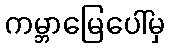
ကမ္ဘာမြေပေါ်မှ